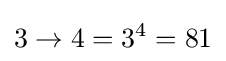
3\to 4=3^{4}=81